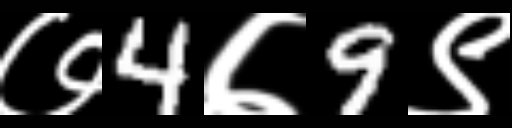
Text: ७4७9९